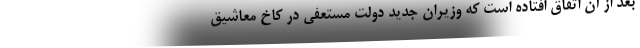
بعد از آن اتفاق افتاده است که وزیران جدید دولت مستعفی در کاخ معاشیق